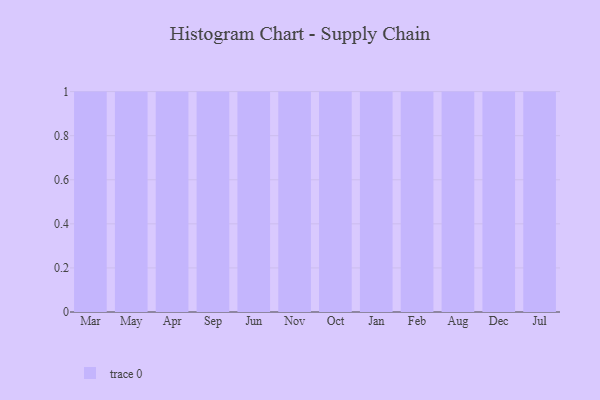
{"axis": {"x": "Month", "y": "Inventory Turnover"}, "legend": [""], "data": [{"x": "Mar", "y": 93, "type": ""}, {"x": "May", "y": 13, "type": ""}, {"x": "Apr", "y": 80, "type": ""}, {"x": "Sep", "y": 73, "type": ""}, {"x": "Jun", "y": 37, "type": ""}, {"x": "Nov", "y": 52, "type": ""}, {"x": "Oct", "y": 93, "type": ""}, {"x": "Jan", "y": 30, "type": ""}, {"x": "Feb", "y": 8, "type": ""}, {"x": "Aug", "y": 86, "type": ""}, {"x": "Dec", "y": 24, "type": ""}, {"x": "Jul", "y": 24, "type": ""}]}